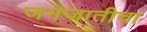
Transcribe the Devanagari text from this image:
जनजातीचा